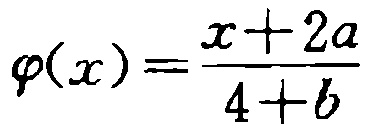
\(\varphi(x)=\frac{x + 2a}{4 + b}\)